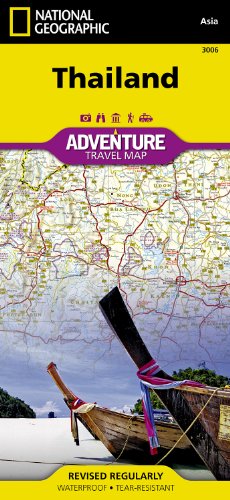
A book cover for Thailand (National Geographic Adventure Map); National Geographic Maps - Adventure; Travel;